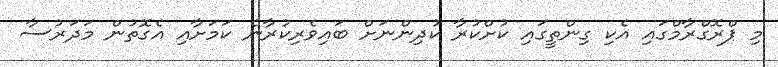
މި ޕްރޮގްރާމްގައި އެކި ގިންތީގައި ކުށްކުރާ ކުދިންނަށް ބައިވެރިކުރާނެ ކަމަށާއި އެގޮތުން މަދަރުސާ